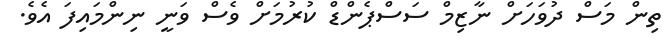
ތިން މަސް ދުވަހަށް ނާޒިމް ސަސްޕެންޑް ކުރުމަށް ވެސް ވަނީ ނިންމައިފަ އެވެ.